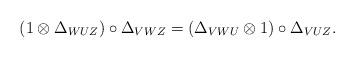
LaTeX: \begin{align*}(1\otimes \Delta_{WUZ})\circ \Delta_{VWZ}=(\Delta_{VWU}\otimes 1)\circ \Delta_{VUZ} .\end{align*}